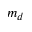
m _ { d }